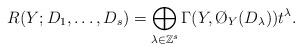
LaTeX: \begin{align*}R(Y;D_1,\ldots,D_s)=\bigoplus_{\lambda\in\Bbb Z^s}\Gamma(Y,\O_Y(D_\lambda))t^\lambda.\end{align*}